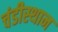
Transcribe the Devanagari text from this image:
चंडीस्थान